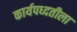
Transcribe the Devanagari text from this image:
कार्यपध्दतीला